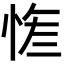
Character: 𢚮